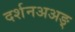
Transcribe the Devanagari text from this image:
दर्शनअअङ्